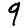
Digit: 9